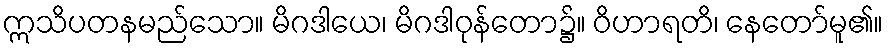
ဣသိပတနမည်သော။ မိဂဒါယေ၊ မိဂဒါဝုန်တော၌။ ဝိဟာရတိ၊ နေတော်မူ၏။